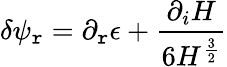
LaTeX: \delta\psi_{\mathtt{r}}=\partial_{\mathtt{r}}\epsilon+{\frac{{\partial_{i}H}}{{6H^{\frac{{3}}{{2}}}}}}